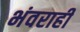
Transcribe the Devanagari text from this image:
भंवराही